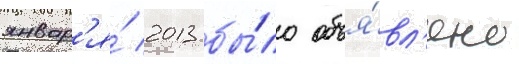
январ'я́ 2013 бы́ло объя́вл'ено